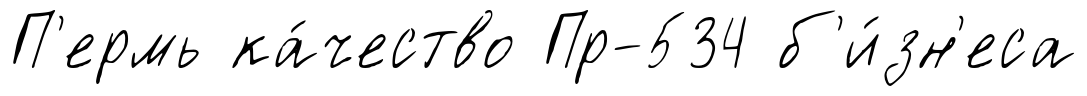
П'ермь ка́чество Пр-534 б'и́зн'еса